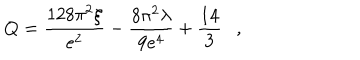
Q = { \frac { 1 2 8 \pi ^ { 2 } \xi } { e ^ { 2 } } } - { \frac { 8 \pi ^ { 2 } \lambda } { 9 e ^ { 4 } } } + { \frac { 1 4 } { 3 } } ,